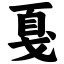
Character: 戛